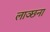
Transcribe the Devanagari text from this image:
लाञ्छना